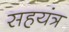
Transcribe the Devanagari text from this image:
सहयंत्र